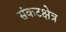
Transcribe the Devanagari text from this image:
संकटक्षेत्र